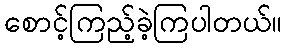
စောင့်ကြည့်ခဲ့ကြပါတယ်။